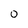
Character: 0